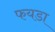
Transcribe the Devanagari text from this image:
फयडा